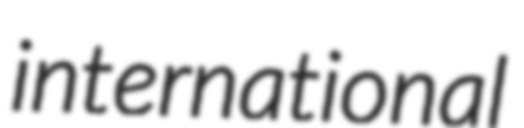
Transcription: international